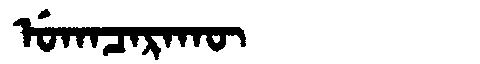
Manchu: ᡠᡴᠠᠴᠠᡵᠠᡴᡡ
Romanization: UKACARAKŪ